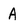
Character: A